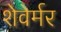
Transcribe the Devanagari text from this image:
शेवेर्मर